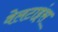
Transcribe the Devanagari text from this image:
वेलटाइंस